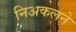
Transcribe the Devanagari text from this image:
निअकलने